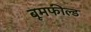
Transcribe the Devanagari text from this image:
बूमफील्ड